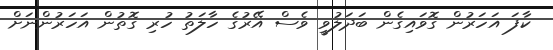
ކާފަ އަހަރުން ގޮވައިގެން ބަދަލުވީ ވެސް އޭރުގެ ހާލަތު ހުރި ގޮތުން އަހަރުންނަށް